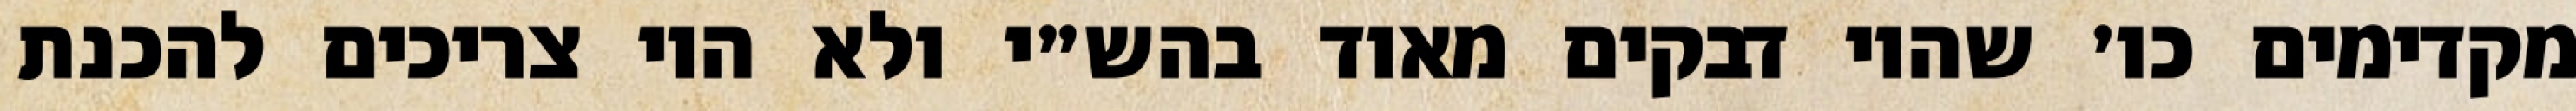
מקדימים כו׳ שהיו דבקים מאוד בהש״י ולא היו צריכים להכנת